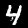
Label: 4